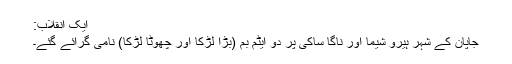
ایک انقلاب:
جاپان کے شہر ہیرو شیما اور ناگا ساکی پر دو ایٹم بم (بڑا لڑکا اور چھوٹا لڑکا) نامی گرائے گئے۔